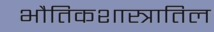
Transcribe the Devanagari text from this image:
भौतिकशास्त्रातिल